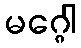
မဂ္ဂေါ